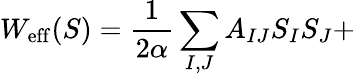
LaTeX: W_{\mathrm{{eff}}}(S)=\frac{1}{2\alpha}\sum_{I,J}A_{IJ}S_{I}S_{J}+